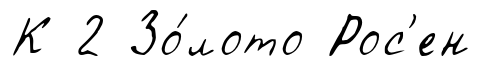
К 2 Зо́лото Рос'ен